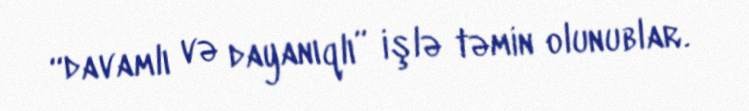
“davamlı və dayanıqlı” işlə təmin olunublar.